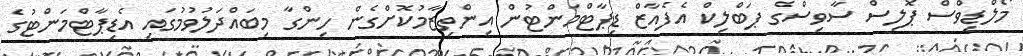
މޯލްޑިވްސް ޕޮލިސް ސާވިސްގެ ޕަބްލިކް އެފެއާޒް ޑިޕާޓްމަންޓުން އިންތިޒާމުކޮށްގެން ހިންގާ މިބައްދަލުވުމުގައި އެޑިޕާޓްމަންޓުގެ